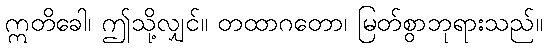
ဣတိခေါ၊ ဤသို့လျှင်။ တထာဂတော၊ မြတ်စွာဘုရားသည်။